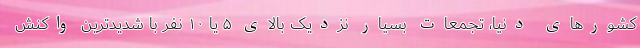
کشورهای دنیا، تجمعات بسیار نزدیک بالای ۵ یا ۱۰ نفر با شدیدترین واکنش